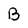
Character: B